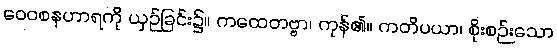
ဝေဝစနဟာရကို ယှဉ်ခြင်း၌။ ကထေတဗ္ဗာ၊ ကုန်၏။ ကတိပယာ၊ စိုးစဉ်းသော